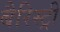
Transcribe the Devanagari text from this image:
बैरिस्ट्री